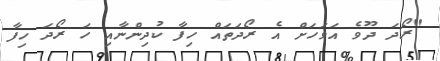
"ރޯދަ ދޫވެ އަވަހަށް އެ ރޯދަތައް ހިފާ ކުދިންނާއި ހަ ރޯދަ ހިފާ